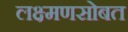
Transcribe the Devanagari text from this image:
लक्ष्मणसोबत